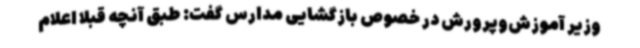
وزیر آموزش‌وپرورش در خصوص بازگشایی مدارس گفت: طبق آنچه قبلاً اعلام